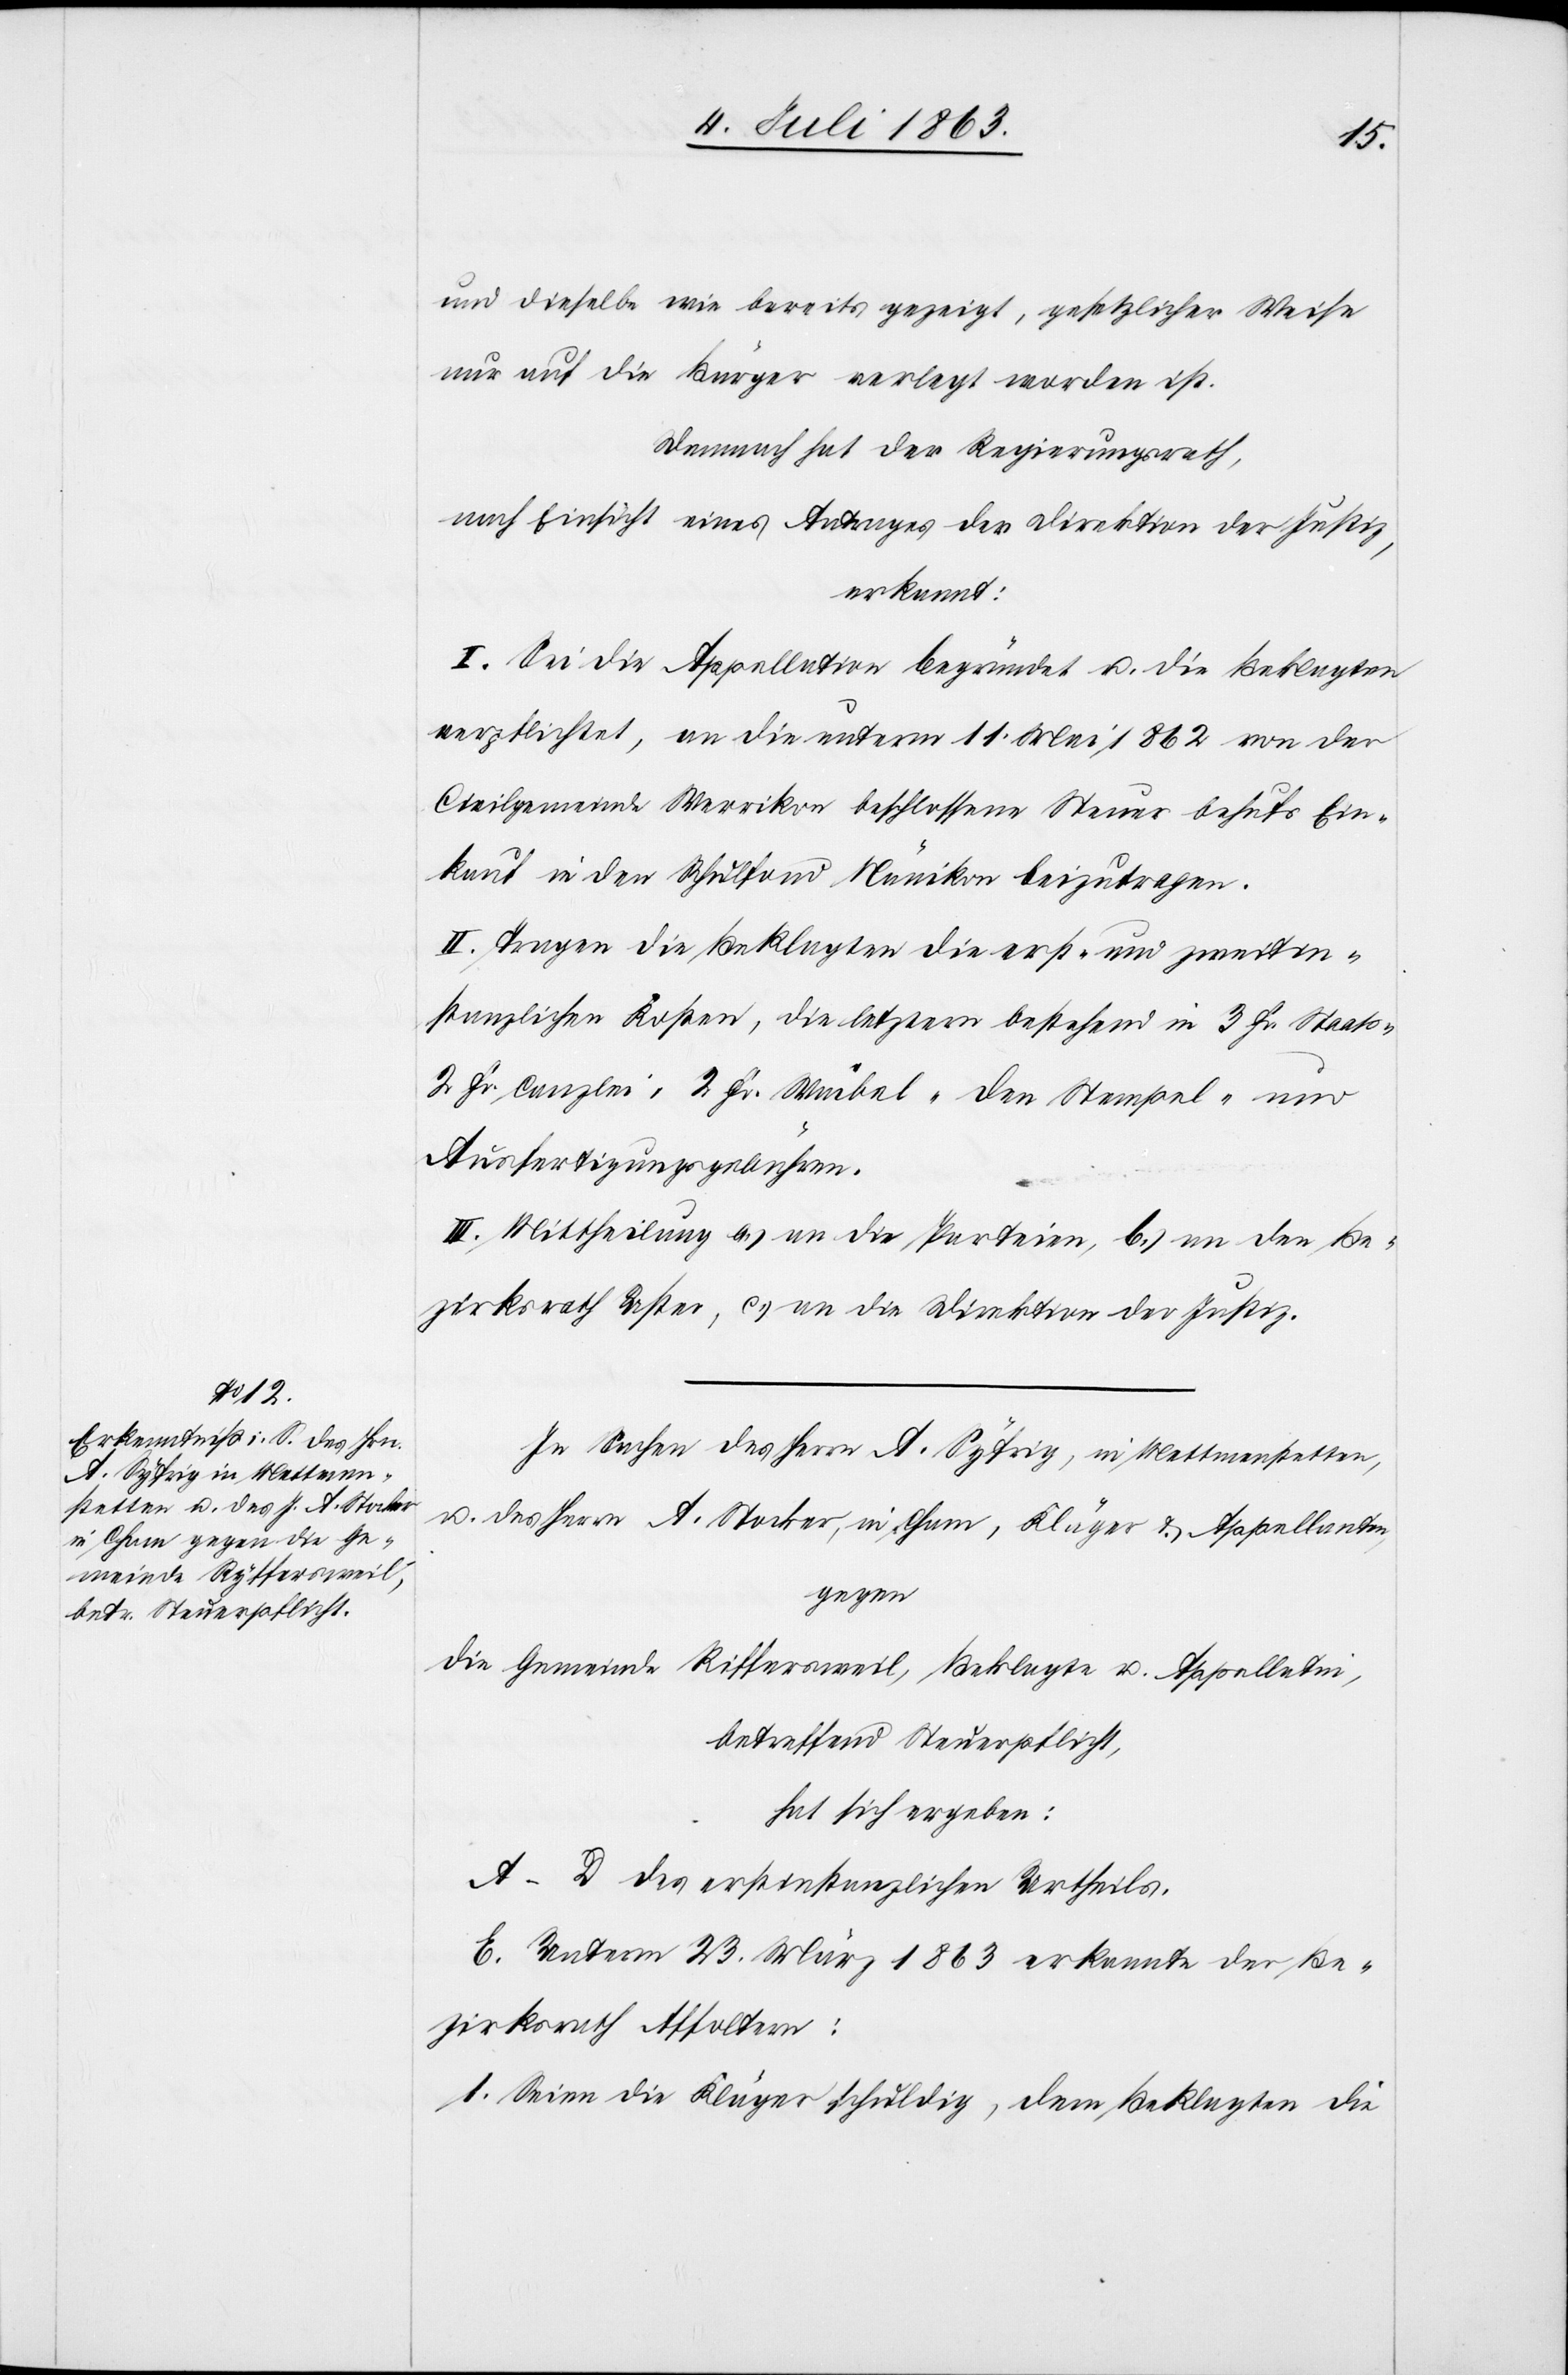
und dieselbe wie bereits gezeigt, gesetzlicher Weise
nur auf die Bürger verlegt worden ist.
Demnach hat der Regierungsrath,
nach Einsicht eines Antrages der Direktion der Justiz,
erkannt:
I. Sei die Appellation begründet u. die Beklagten
verpflichtet, an die unterm 11. Mai 1862 von der
Civilgemeinde Werrikon beschlossenen Steuer behufs Ein¬
kauf in den Schulfond Nänikon beizutragen.
II. Tragen die Beklagten die erst- und zweitin¬
stanzlichen Kosten, die letztern bestehend in 3 Fr. Staats-[,]
2 Fr. Canzlei-[,] 2 Fr. Waibel-[,] den Stempel- und
Ausfertigungsgebühren.
III. Mittheilung a.) an die Parteien, b.) an den Be¬
zirksrath Uster, c.) an die Direktion der Justiz.
In Sachen des Herrn A. Syfrig, in Mettmenstetten,
u. des Herrn A. Stocker, in Cham, Kläger & Appellanten,
gegen
die Gemeinde Riffersweil [sic!], Beklagte u. Appellatin,
betreffend Steuerpflicht,
hat sich ergeben:
A–D des erstinstanzlichen Urtheils.
E. Unterm 23. März 1863 erkannte der Be¬
zirksrath Affoltern:
1. Seien die Kläger schuldig, dem Beklagten die